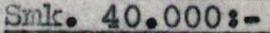
Smk. 40.000:-